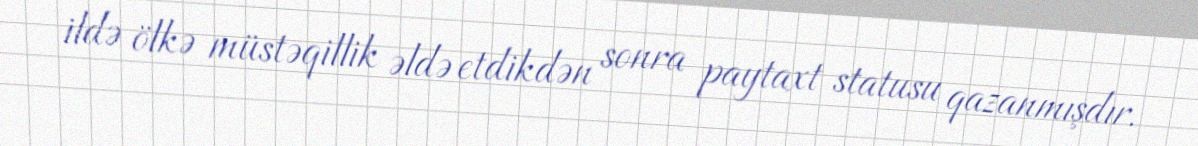
ildə ölkə müstəqillik əldə etdikdən sonra paytaxt statusu qazanmışdır.